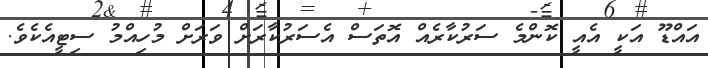
އައްޑޫ އަކީ އެއީ ކޮންމެ ސަރުކާރެއް އޮތަސް އެސަރުކާރަށް ވަރަށް މުހިއްމު ސިޓީއެކެވެ.